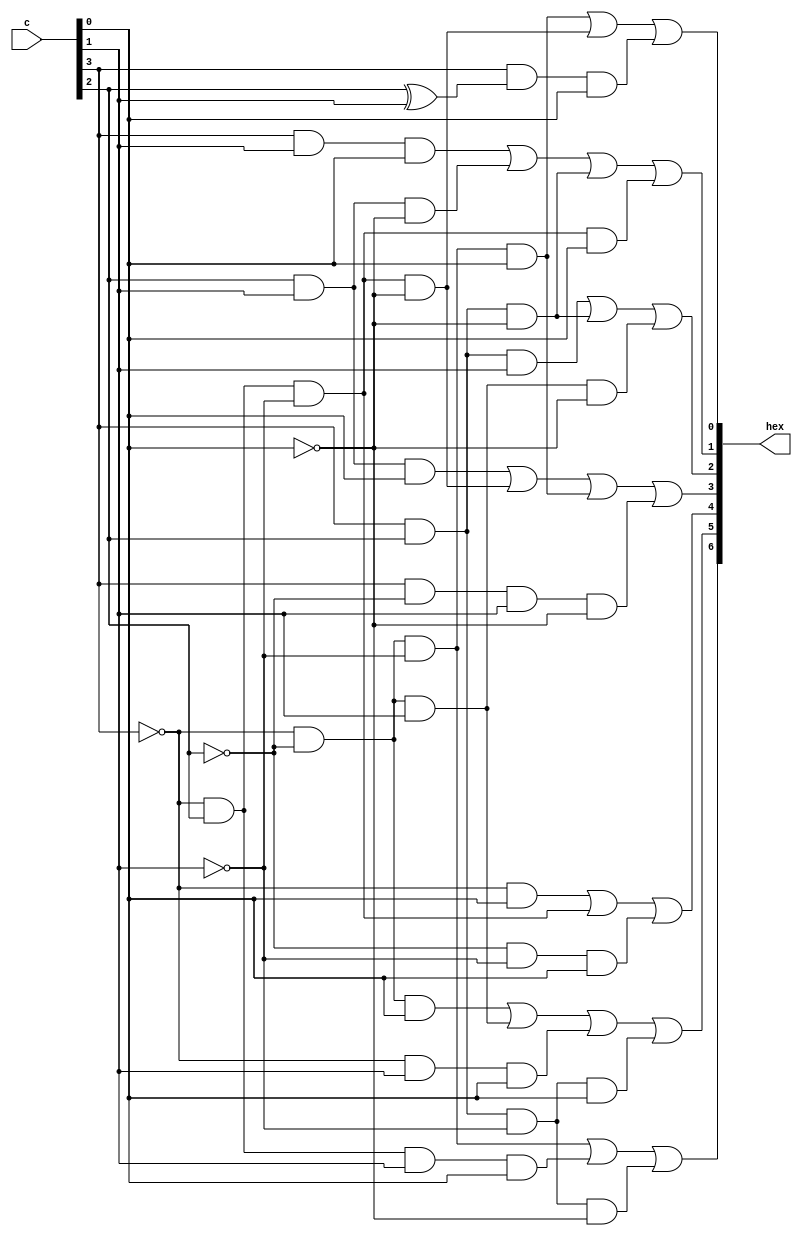
module hex(c, hex);
    input [3:0] c; // 4-digit binary number input
    output [6:0] hex; // 7-segment display output

    assign hex[0] = ~c[3] & ~c[2] & ~c[1] & c[0] | ~c[3] & c[2] & ~c[1] & ~c[0] | c[3] & (c[2] ^ c[1]) & c[0];
    assign hex[1] = c[3] & c[1] & c[0]           | c[2] & c[1] & ~c[0]          | c[3] & c[2] & ~c[0]           | ~c[3] & c[2] & ~c[1] & c[0];
    assign hex[2] = c[3] & c[2] & c[1]           | c[3] & c[2] & ~c[0]          | ~c[3] & ~c[2] & c[1] & ~c[0];
    assign hex[3] = c[2] & c[1] & c[0]           | ~c[3] & c[2] & ~c[1] & ~c[0] | ~c[3] & ~c[2] & ~c[1] & c[0]  | c[3] & ~c[2] & c[1] & ~c[0];
    assign hex[4] = ~c[3] & c[0]                 | ~c[3] & c[2] & ~c[1]         | ~c[2] & ~c[1] & c[0];
    assign hex[5] = ~c[3] & ~c[2] & c[0]         | ~c[3] & ~c[2] & c[1]         | ~c[3] & c[1] & c[0]           | c[3] & c[2] & ~c[1] & c[0];
    assign hex[6] = ~c[3] & ~c[2] & ~c[1]        | ~c[3] & c[2] & c[1] & c[0]   | c[3] & c[2] & ~c[1] & ~c[0];
endmodule